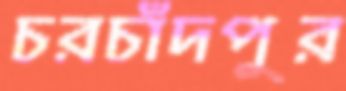
চরচাঁদপুর